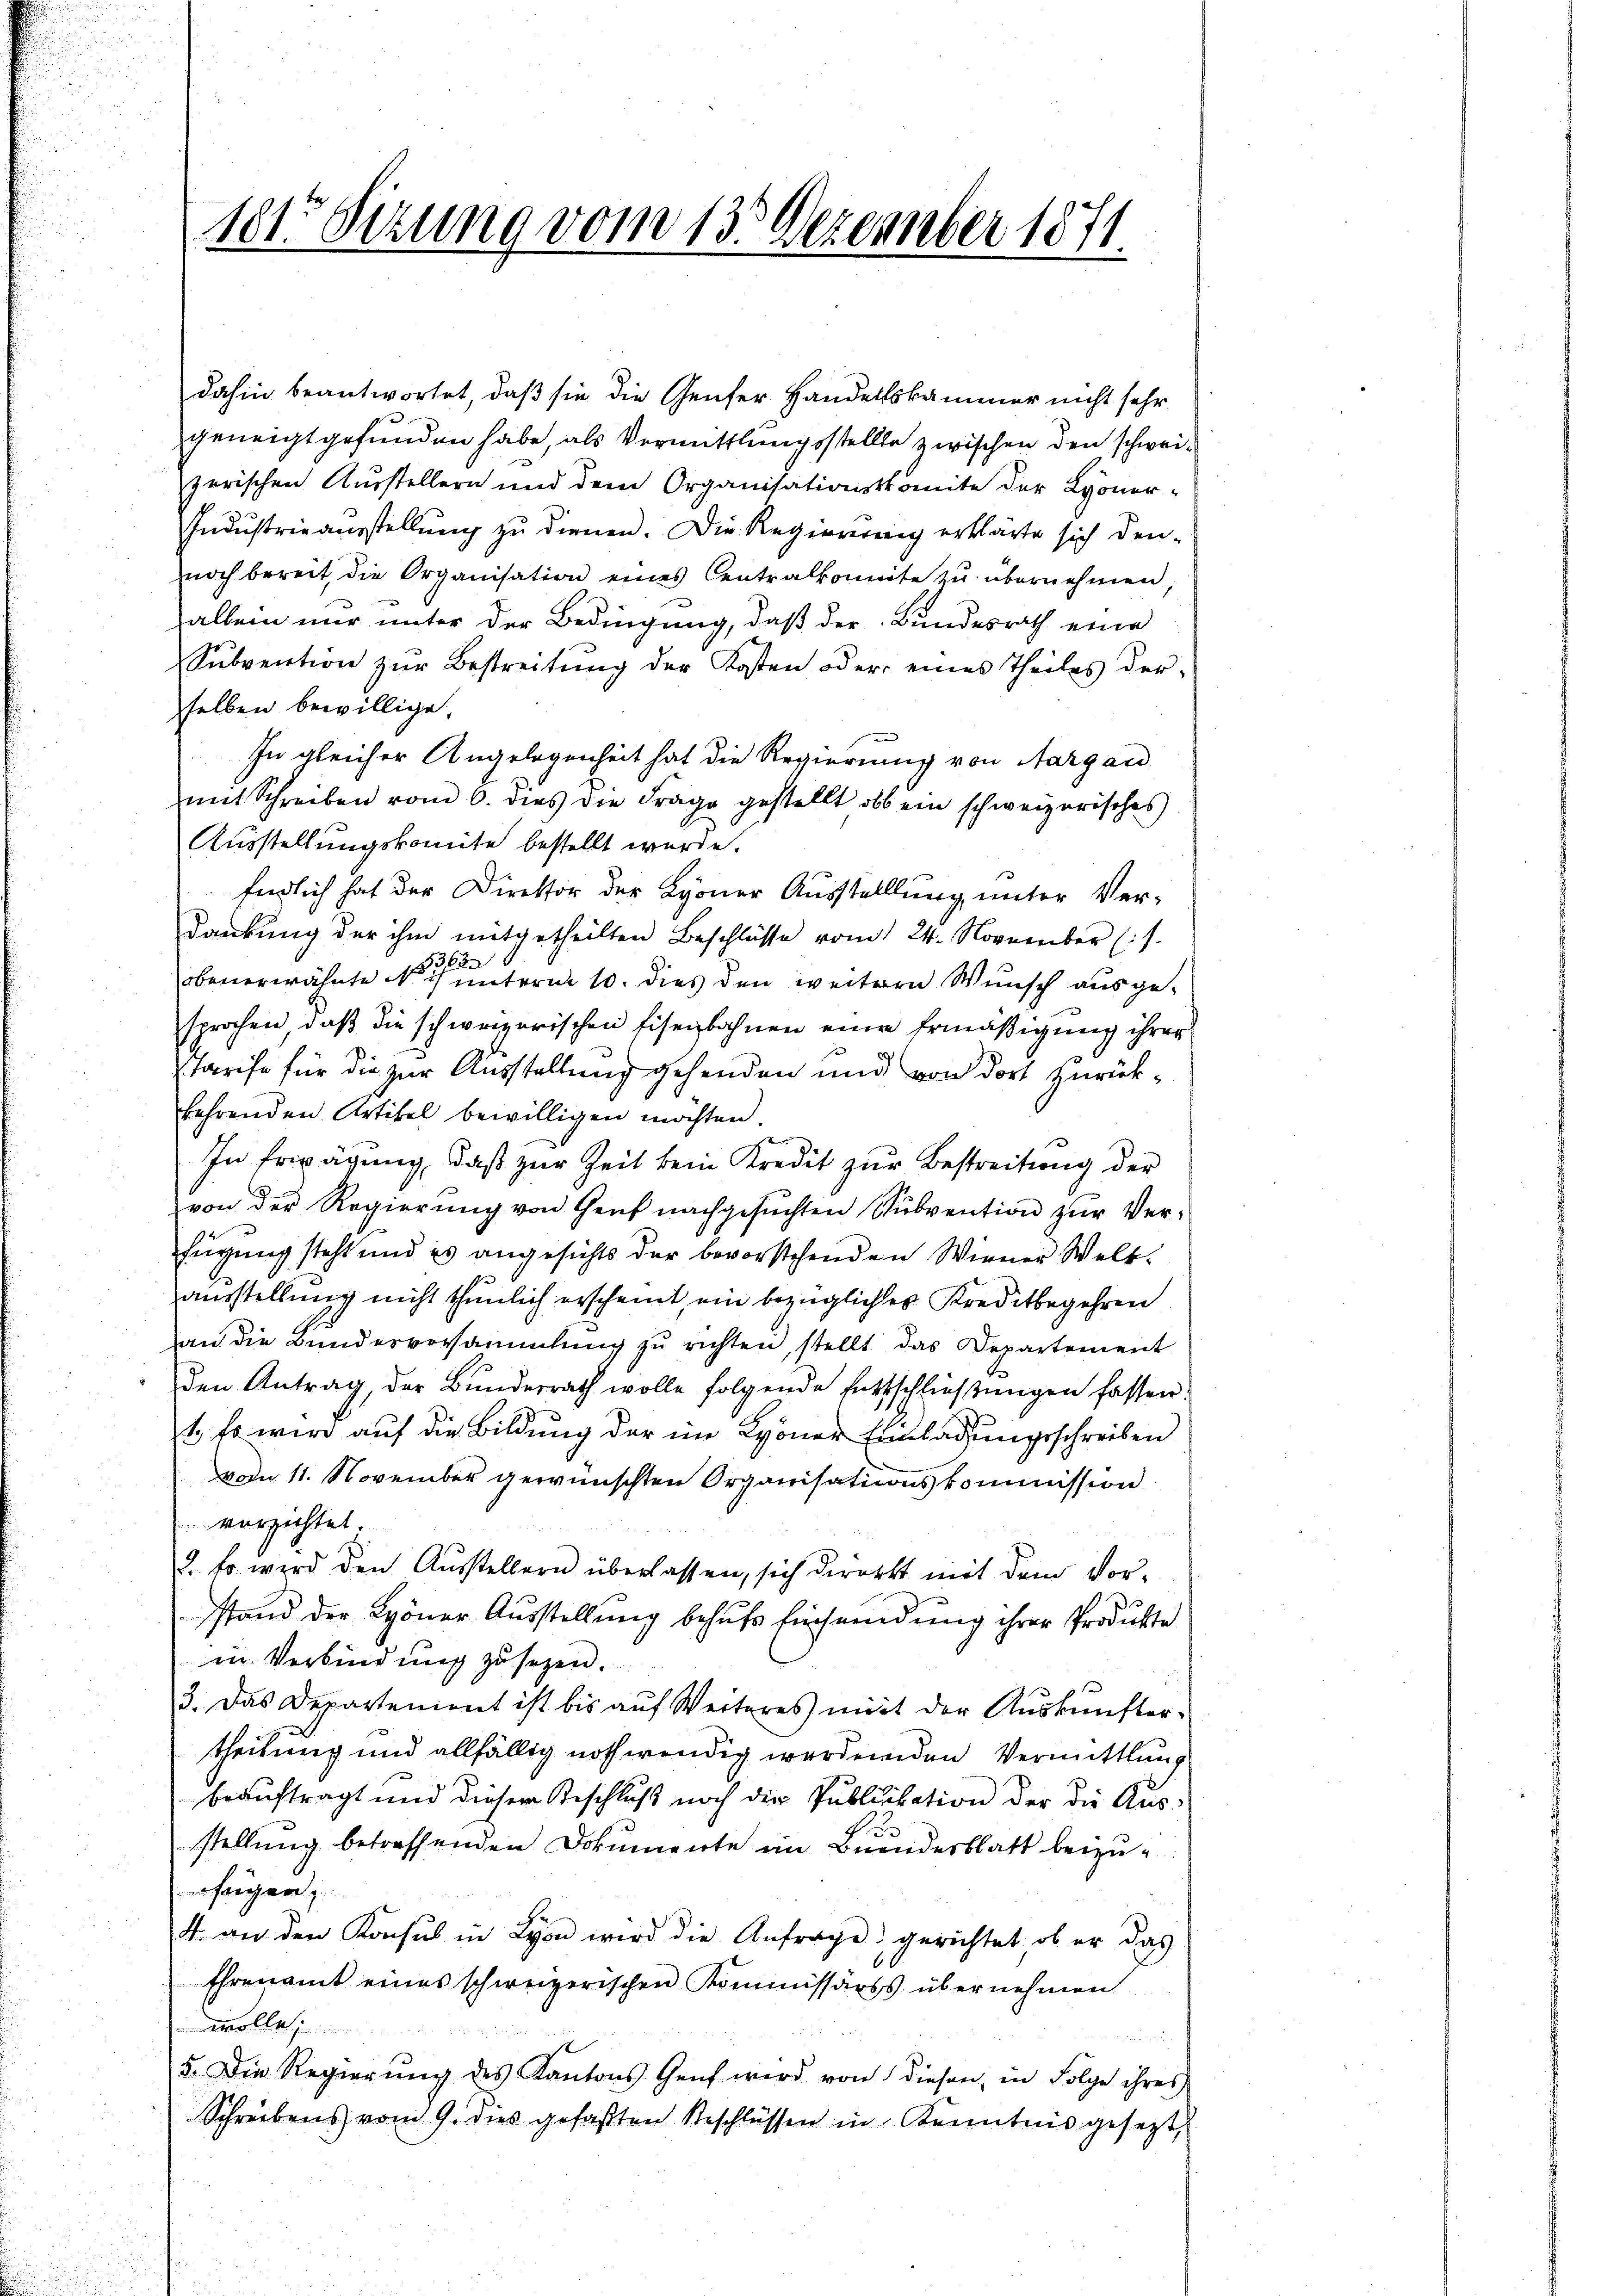
dahin beantwortet, daß sie die Genfer Handelskammer nicht sehr
geneigt gefunden habe, als Vermittlungsstellte zwischen den schweizerischen Ausstellern und dem Organisationskomite der Lyoner¬
Industrieausstellung zu dienen. Die Regierung erklärte sich dennoch bereit, die Organisation eines Centralkomite zŭ übernehmen,
allein nur unter der Bedingung, daß der Bundesrath eine
Sŭbvention zŭr Bestreitŭng der Kosten oder eines Theiles der-
selben bewillige.
In gleicher Angelegenheit hat die Regierung von Aargau
mit Schreiben vom 6. dies die Frage gestellt ob ein schweizerisches
Ausstellungskomite bestellt wurde.
Endlich hat der Direktor der Lyoner Ausstelllung unter Ver-
dankung der ihm mitgetheilten Beschlüsse vom 24. November (s.
obenerwähnte No. 1 unterm 10. dies den weiteren Wunsch ausgesprochen, daß die schweizerischen Eisenbahnen eine Ermäßigung ihrer
tarife für die zur Ausstellung gehenden und von dort zurückbehrenden Artikel bewilligen möchten.
In Erwägung, daß zur Zeit kein Kredit zur Bestreitung der
von der Regierŭng von Genf nachgesŭchten Sŭbvention zŭr Ver-
fügung steht und es angesichts der bevorstehenden Wiener Weltausstellung nicht thunlich erscheint, ein bezügliches Kreditbegehren
an die Bundesvorsammlung zŭ richten, stellt das Departement
den Antrag, der Bŭndesrath wolle folgende Entschlieβŭngen fassen.
1. Es wird auf die Bildung der im Lyoner Einladungsschreiben
vom 11. November gewünschten Organisationskommission
verzichtet.
2. fr. wird den Ausstellern überlassen, sich dererkt mit dem Vorstand der Kröner Ausstellung behufs Einsendung ihrer Produkte
in Verbindung zu sezen.
3. Das Departement ist bis auf Weiteres mit der Auskunftertheilung und allfällig nothwendig werdenden Vermittlung
beauftragt und dieser Beschluß noch die Publikation der die Ausd
stellung betreffenden Dokumente im Bundesblatt beizuforgen
4. an den Konsul in Lyon wird die Anfrage gerichtet, ob er das
Ehrenamt eines schweizerischen Kommissärss übernehmen
wolle
i
5. Die Regierŭng des Kantons Genf wird von diesen in Folge ihres
Schreibens vom 9. dies gefaßten Beschlüssen in Kenntnis gesezt

101. Sitzung vom 13. Dezember 1871.